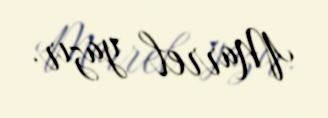
Marrel yazır.